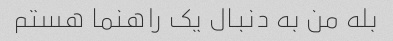
بله من به دنبال یک راهنما هستم